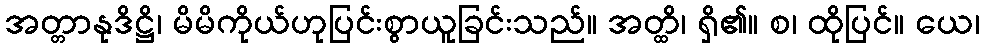
အတ္တာနုဒိဋ္ဌိ၊ မိမိကိုယ်ဟုပြင်းစွာယူခြင်းသည်။ အတ္ထိ၊ ရှိ၏။ စ၊ ထိုပြင်။ ယေ၊